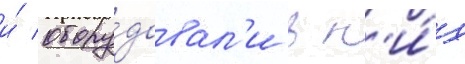
и́ обору́довал'и в н'и́х